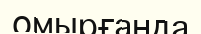
омырғанда